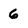
Character: 6